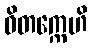
ဝိတက္ကေဟိ